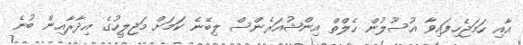
އާއި ހަމަޖެހިފައިވާ އުސޫލުން ހެލްތް އިންޝުއަރެންސް ލިބޭނެ ކަމަށް މަޖިލީހުގެ އިދާރާއިން ބުނެ